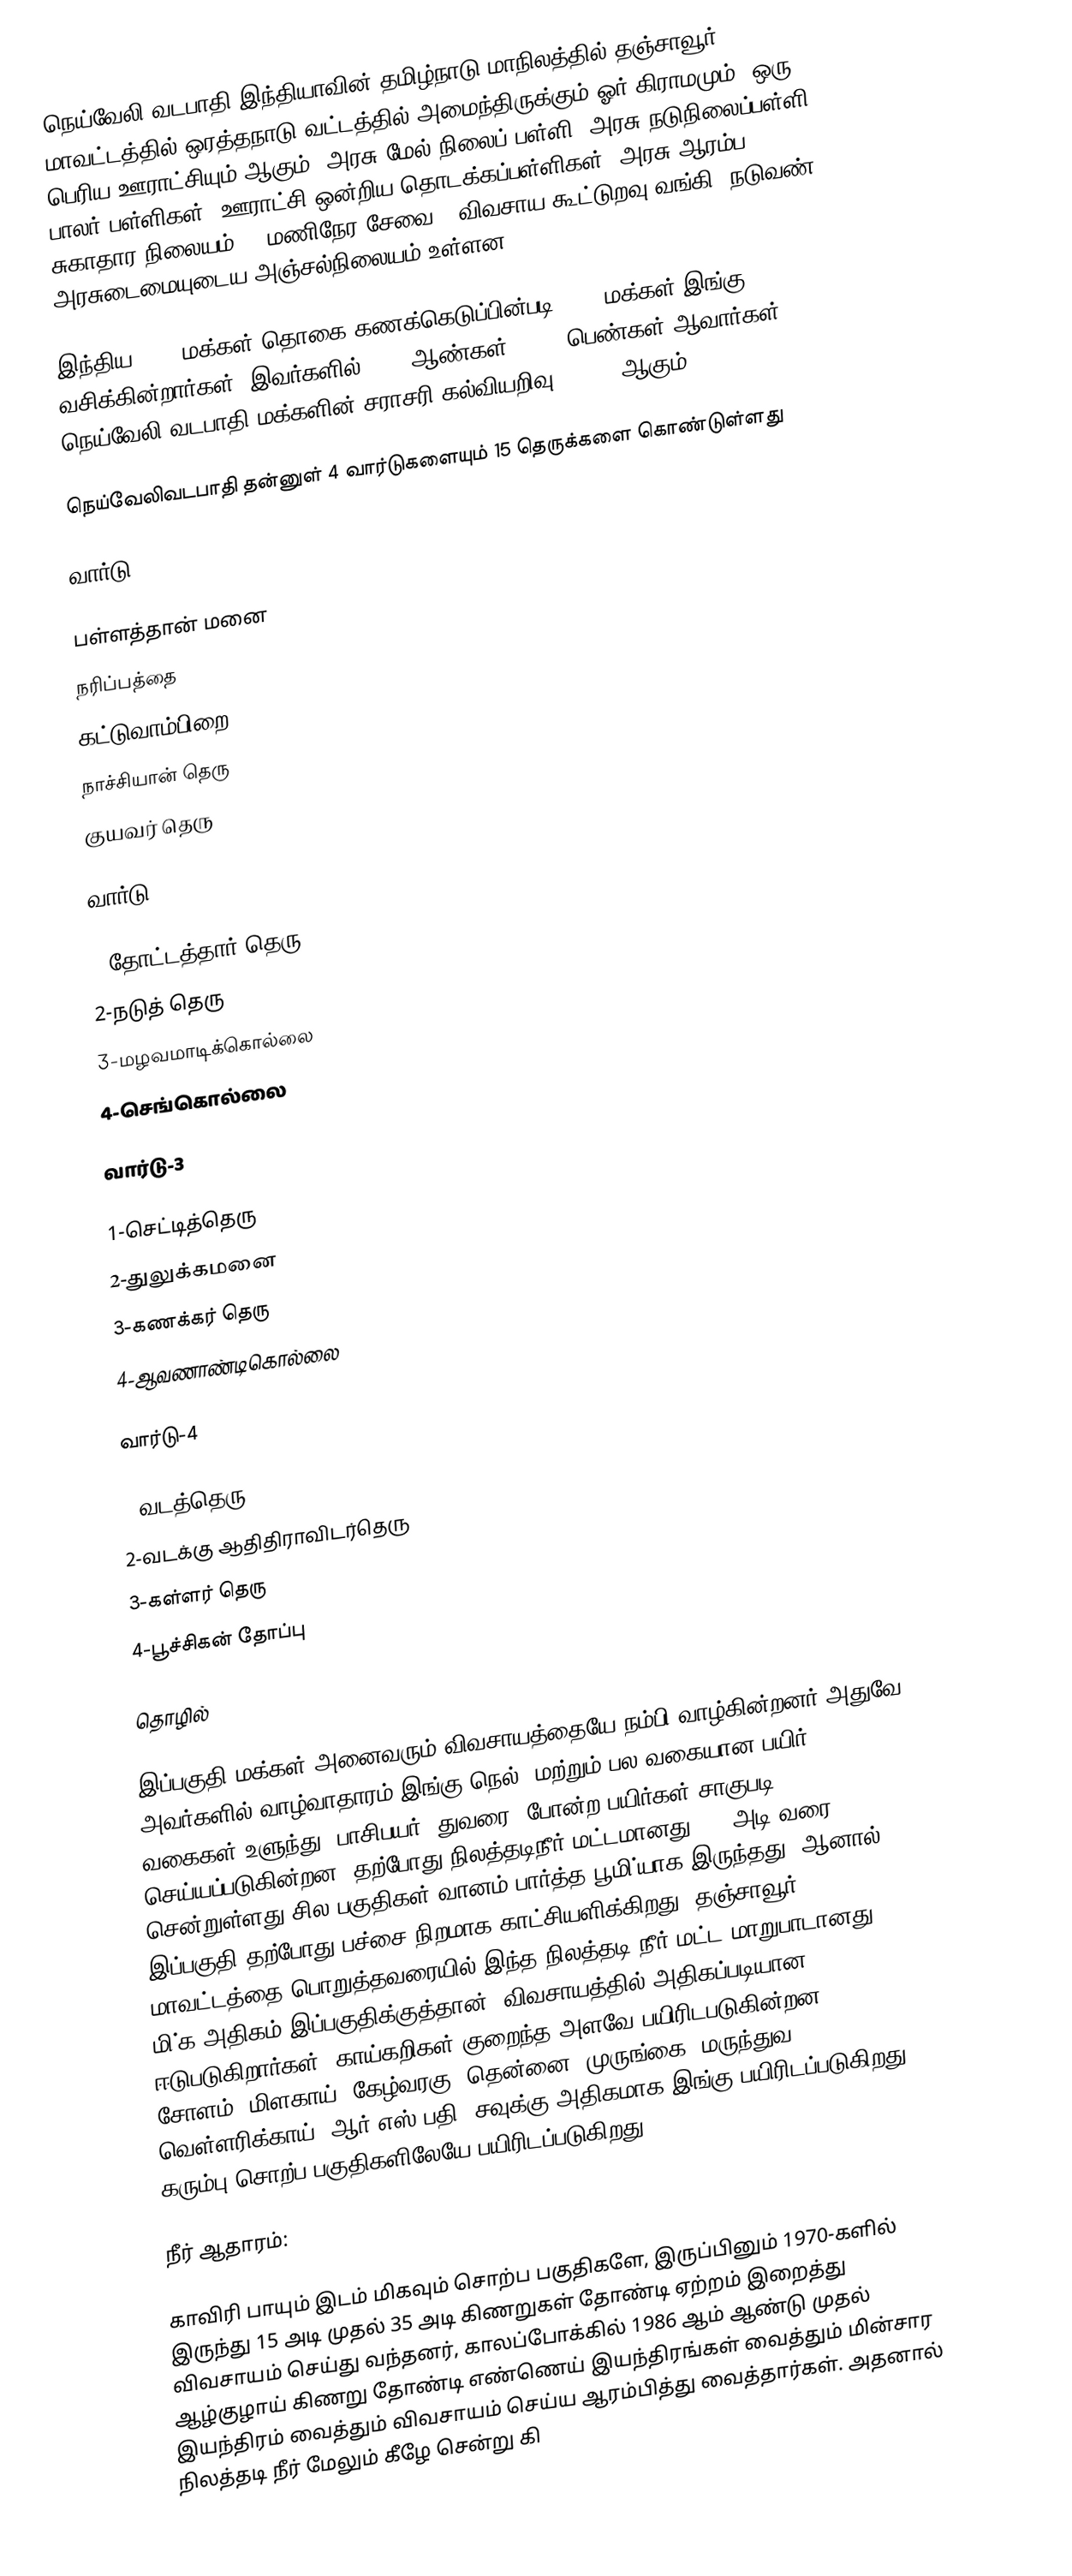
நெய்வேலி வடபாதி இந்தியாவின் தமிழ்நாடு மாநிலத்தில் தஞ்சாவூர்  மாவட்டத்தில் ஒரத்தநாடு வட்டத்தில் அமைந்திருக்கும் ஓர் கிராமமும், ஒரு பெரிய ஊராட்சியும் ஆகும். அரசு மேல் நிலைப் பள்ளி, அரசு நடுநிலைப்பள்ளி, பாலர் பள்ளிகள், ஊராட்சி ஒன்றிய தொடக்கப்பள்ளிகள், அரசு ஆரம்ப சுகாதார நிலையம் (24மணிநேர சேவை), விவசாய கூட்டுறவு வங்கி, நடுவண் அரசுடைமையுடைய அஞ்சல்நிலையம் உள்ளன.

இந்திய 2001 மக்கள் தொகை கணக்கெடுப்பின்படி 5134 மக்கள் இங்கு வசிக்கின்றார்கள். இவர்களில் 2563 ஆண்கள், 2571 பெண்கள் ஆவார்கள். நெய்வேலி வடபாதி மக்களின் சராசரி கல்வியறிவு 56.63% ஆகும்

நெய்வேலிவடபாதி தன்னுள் 4 வார்டுகளையும் 15 தெருக்களை கொண்டுள்ளது

வார்டு-1

 பள்ளத்தான் மனை
 நரிப்பத்தை
 கட்டுவாம்பிறை
 நாச்சியான் தெரு
 குயவர் தெரு

வார்டு-2

1-தோட்டத்தார் தெரு
2-நடுத் தெரு
3-மழவமாடிக்கொல்லை
4-செங்கொல்லை

வார்டு-3

1-செட்டித்தெரு
2-துலுக்கமனை
3-கணக்கர் தெரு
4-ஆவணாண்டிகொல்லை

வார்டு-4

1-வடத்தெரு
2-வடக்கு ஆதிதிராவிடர்தெரு
3-கள்ளர் தெரு
4-பூச்சிகன் தோப்பு

தொழில்

இப்பகுதி மக்கள் அனைவரும் விவசாயத்தையே நம்பி வாழ்கின்றனர்.அதுவே அவர்களில் வாழ்வாதாரம்.இங்கு நெல், மற்றும் பல வகையான பயிர் வகைகள்(உளுந்து, பாசிபயர், துவரை) போன்ற பயிர்கள் சாகுபடி செய்யப்படுகின்றன. தற்போது நிலத்தடிநீர் மட்டமானது 110 அடி வரை சென்றுள்ளது.சில பகுதிகள் வானம் பார்த்த பூமி்யாக இருந்தது. ஆனால் இப்பகுதி தற்போது பச்சை நிறமாக காட்சியளிக்கிறது. தஞ்சாவூர் மாவட்டத்தை பொறுத்தவரையில் இந்த நிலத்தடி நீர் மட்ட மாறுபாடானது மி்க அதிகம் இப்பகுதிக்குத்தான், விவசாயத்தில் அதிகப்படியான ஈடுபடுகிறார்கள். காய்கறிகள் குறைந்த அளவே பயிரிடபடுகின்றன , சோளம், மிளகாய், கேழ்வரகு, தென்னை, முருங்கை, மருந்துவ வெள்ளரிக்காய், ஆர் எஸ் பதி, சவுக்கு அதிகமாக இங்கு பயிரிடப்படுகிறது , கரும்பு சொற்ப பகுதிகளிலேயே பயிரிடப்படுகிறது

நீர் ஆதாரம்:

காவிரி பாயும் இடம் மிகவும் சொற்ப பகுதிகளே, இருப்பினும் 1970-களில் இருந்து 15 அடி முதல் 35 அடி கிணறுகள் தோண்டி ஏற்றம்  இறைத்து விவசாயம் செய்து வந்தனர், காலப்போக்கில் 1986 ஆம் ஆண்டு முதல் ஆழ்குழாய் கிணறு தோண்டி எண்ணெய் இயந்திரங்கள் வைத்தும் மின்சார இயந்திரம் வைத்தும்  விவசாயம் செய்ய ஆரம்பித்து வைத்தார்கள். அதனால் நிலத்தடி நீர் மேலும் கீழே சென்று கி